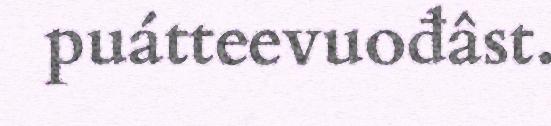
puátteevuođâst.